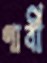
ণাবী